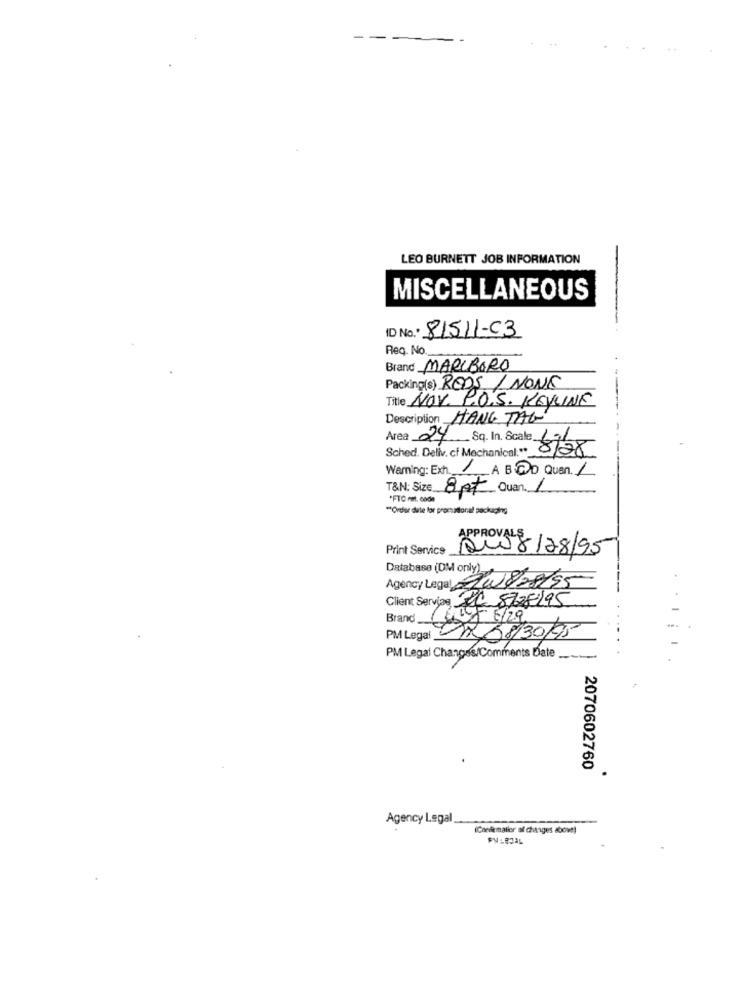
-
LEO BURNETT JOB INFORMATION
MISCELLANEOUS
ID No. 81511-03
Reg. No.
Brand MARLBORO
Packing(s) REDS /NONE
Title NOV. P.O.S. KEYLINK
Description HANG TAG
Area 24 Sq. In Scale 686
Sched. Deliv. cf Mechanical." *_
8/28
Warning: Exh. A BOD Quan. /
T&N: Size 8pt Quan. 1
*FTC mit. code
"Order date for promsilonal packaging
Print Service
PRO18/08/95
Database (DM only)
Agency Legal Zu828/55
Client Service PC 8728195
Brand
PM Legal
DA 08/30/95
PM Legal Changes/Comments Date
2070602760
Agency Legal __.
(Conilemailor of changes abow)